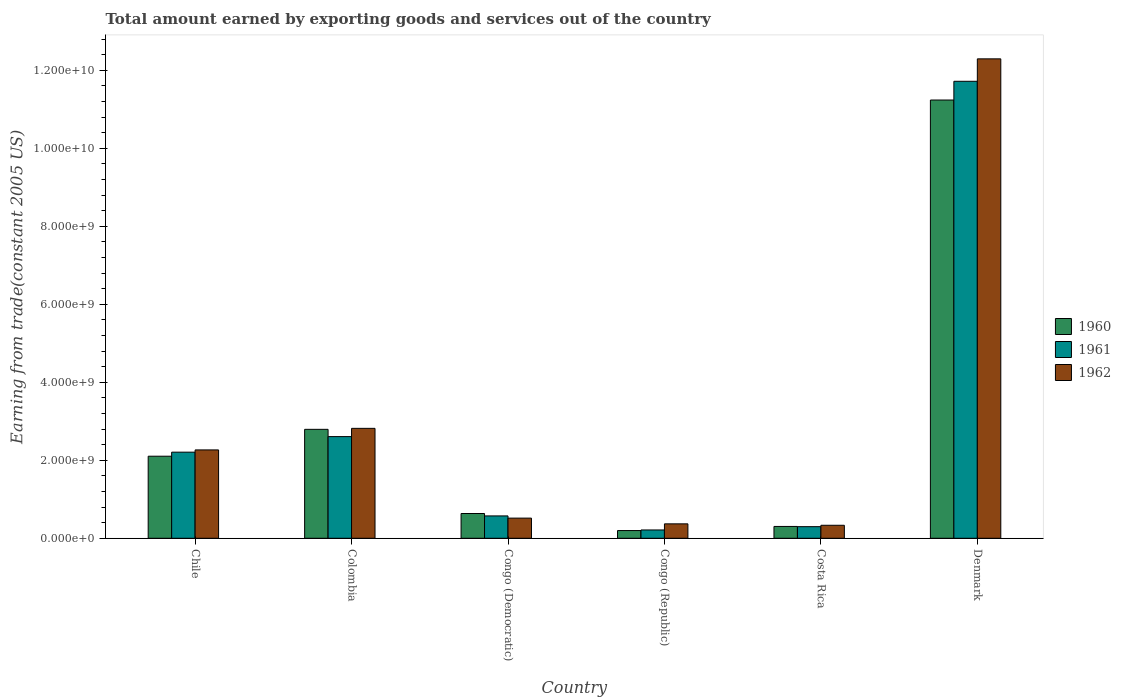
| Country | 1960 | 1961 | 1962 |
 | --- | --- | --- | --- |
 | Chile | 2.1e+09 | 2.21e+09 | 2.27e+09 |
 | Colombia | 2.79e+09 | 2.61e+09 | 2.82e+09 |
 | Congo (Democratic) | 6.35e+08 | 5.73e+08 | 5.17e+08 |
 | Congo (Republic) | 1.98e+08 | 2.13e+08 | 3.7e+08 |
 | Costa Rica | 3.03e+08 | 2.98e+08 | 3.33e+08 |
 | Denmark | 1.12e+10 | 1.17e+10 | 1.23e+10 |